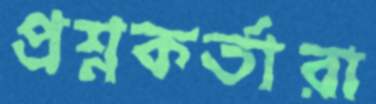
প্রশ্নকর্তারা